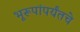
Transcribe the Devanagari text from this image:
भूरूपांपर्यंतचे